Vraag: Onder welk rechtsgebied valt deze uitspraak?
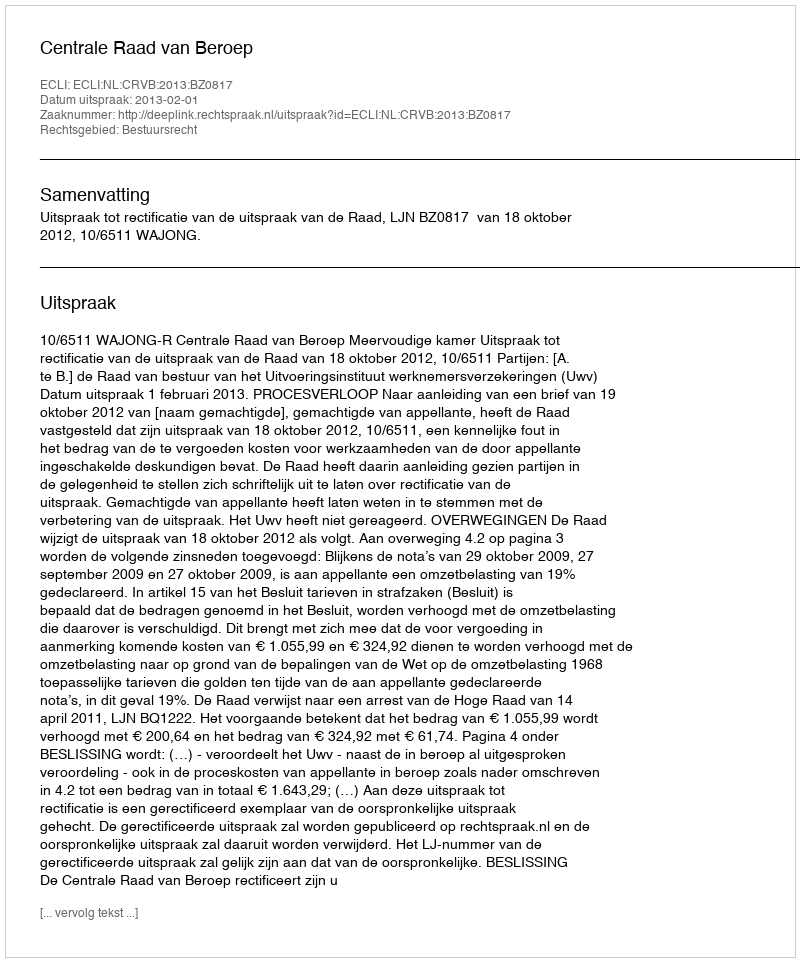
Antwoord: Bestuursrecht